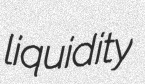
liquidity